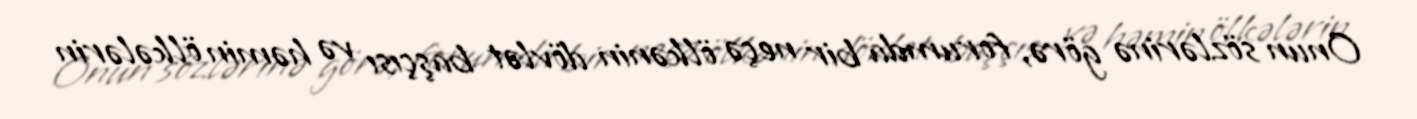
Onun sözlərinə görə, forumda bir neçə ölkənin dövlət başçısı və həmin ölkələrin